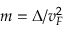
m = \Delta / v _ { F } ^ { 2 }